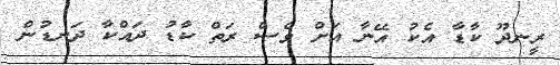
ރީނދޫ ކާޑާ އެކު އޭނާ އަށް ވެސް ރަތް ކާޑު ދައްކާ ދަނޑުން